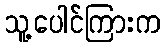
သူ့ပေါင်ကြားက